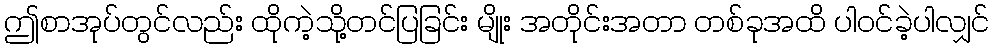
ဤစာအုပ်တွင်လည်း ထိုကဲ့သို့တင်ပြခြင်း မျိုး အတိုင်းအတာ တစ်ခုအထိ ပါဝင်ခဲ့ပါလျှင်